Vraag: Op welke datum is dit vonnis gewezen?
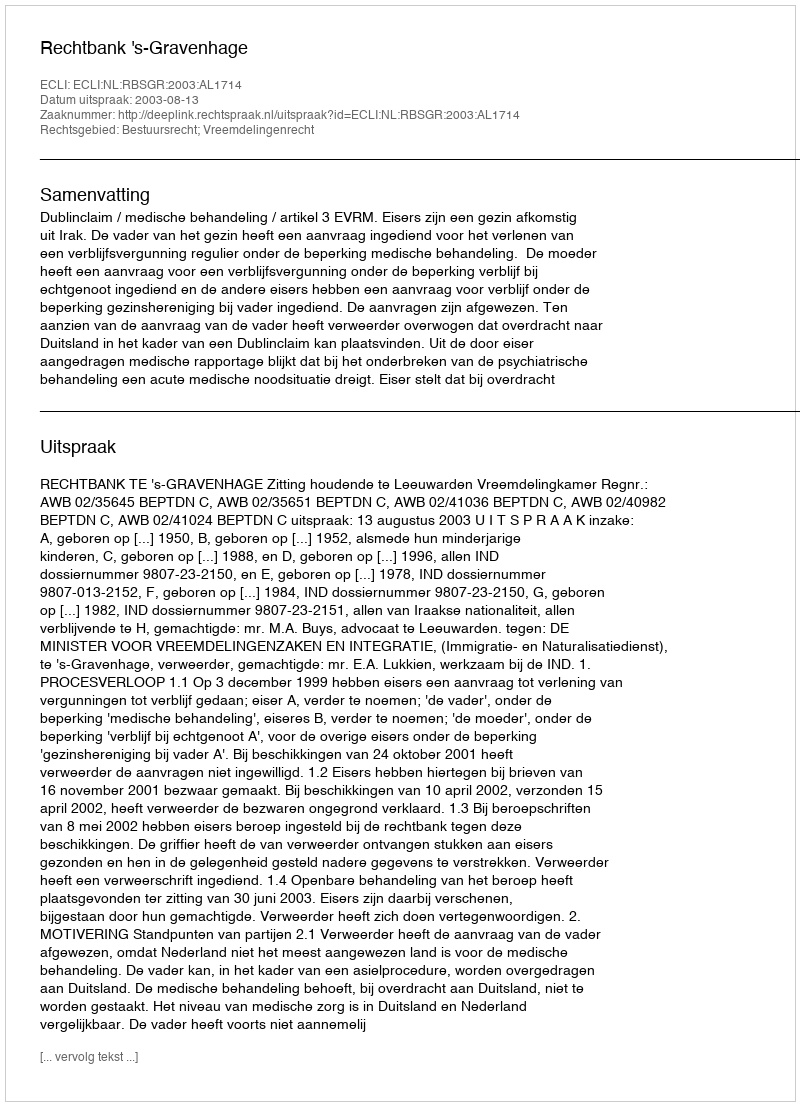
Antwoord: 2003-08-13